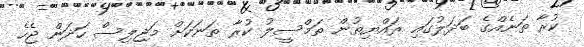
ކުރާ ތަނެއްގެ ބަދަލުގައި ރައްޔިތުން ތަމްސީލު ކުރާ ތަނަކަށް މަޖިލިސް ހަދަން ޖެހެ